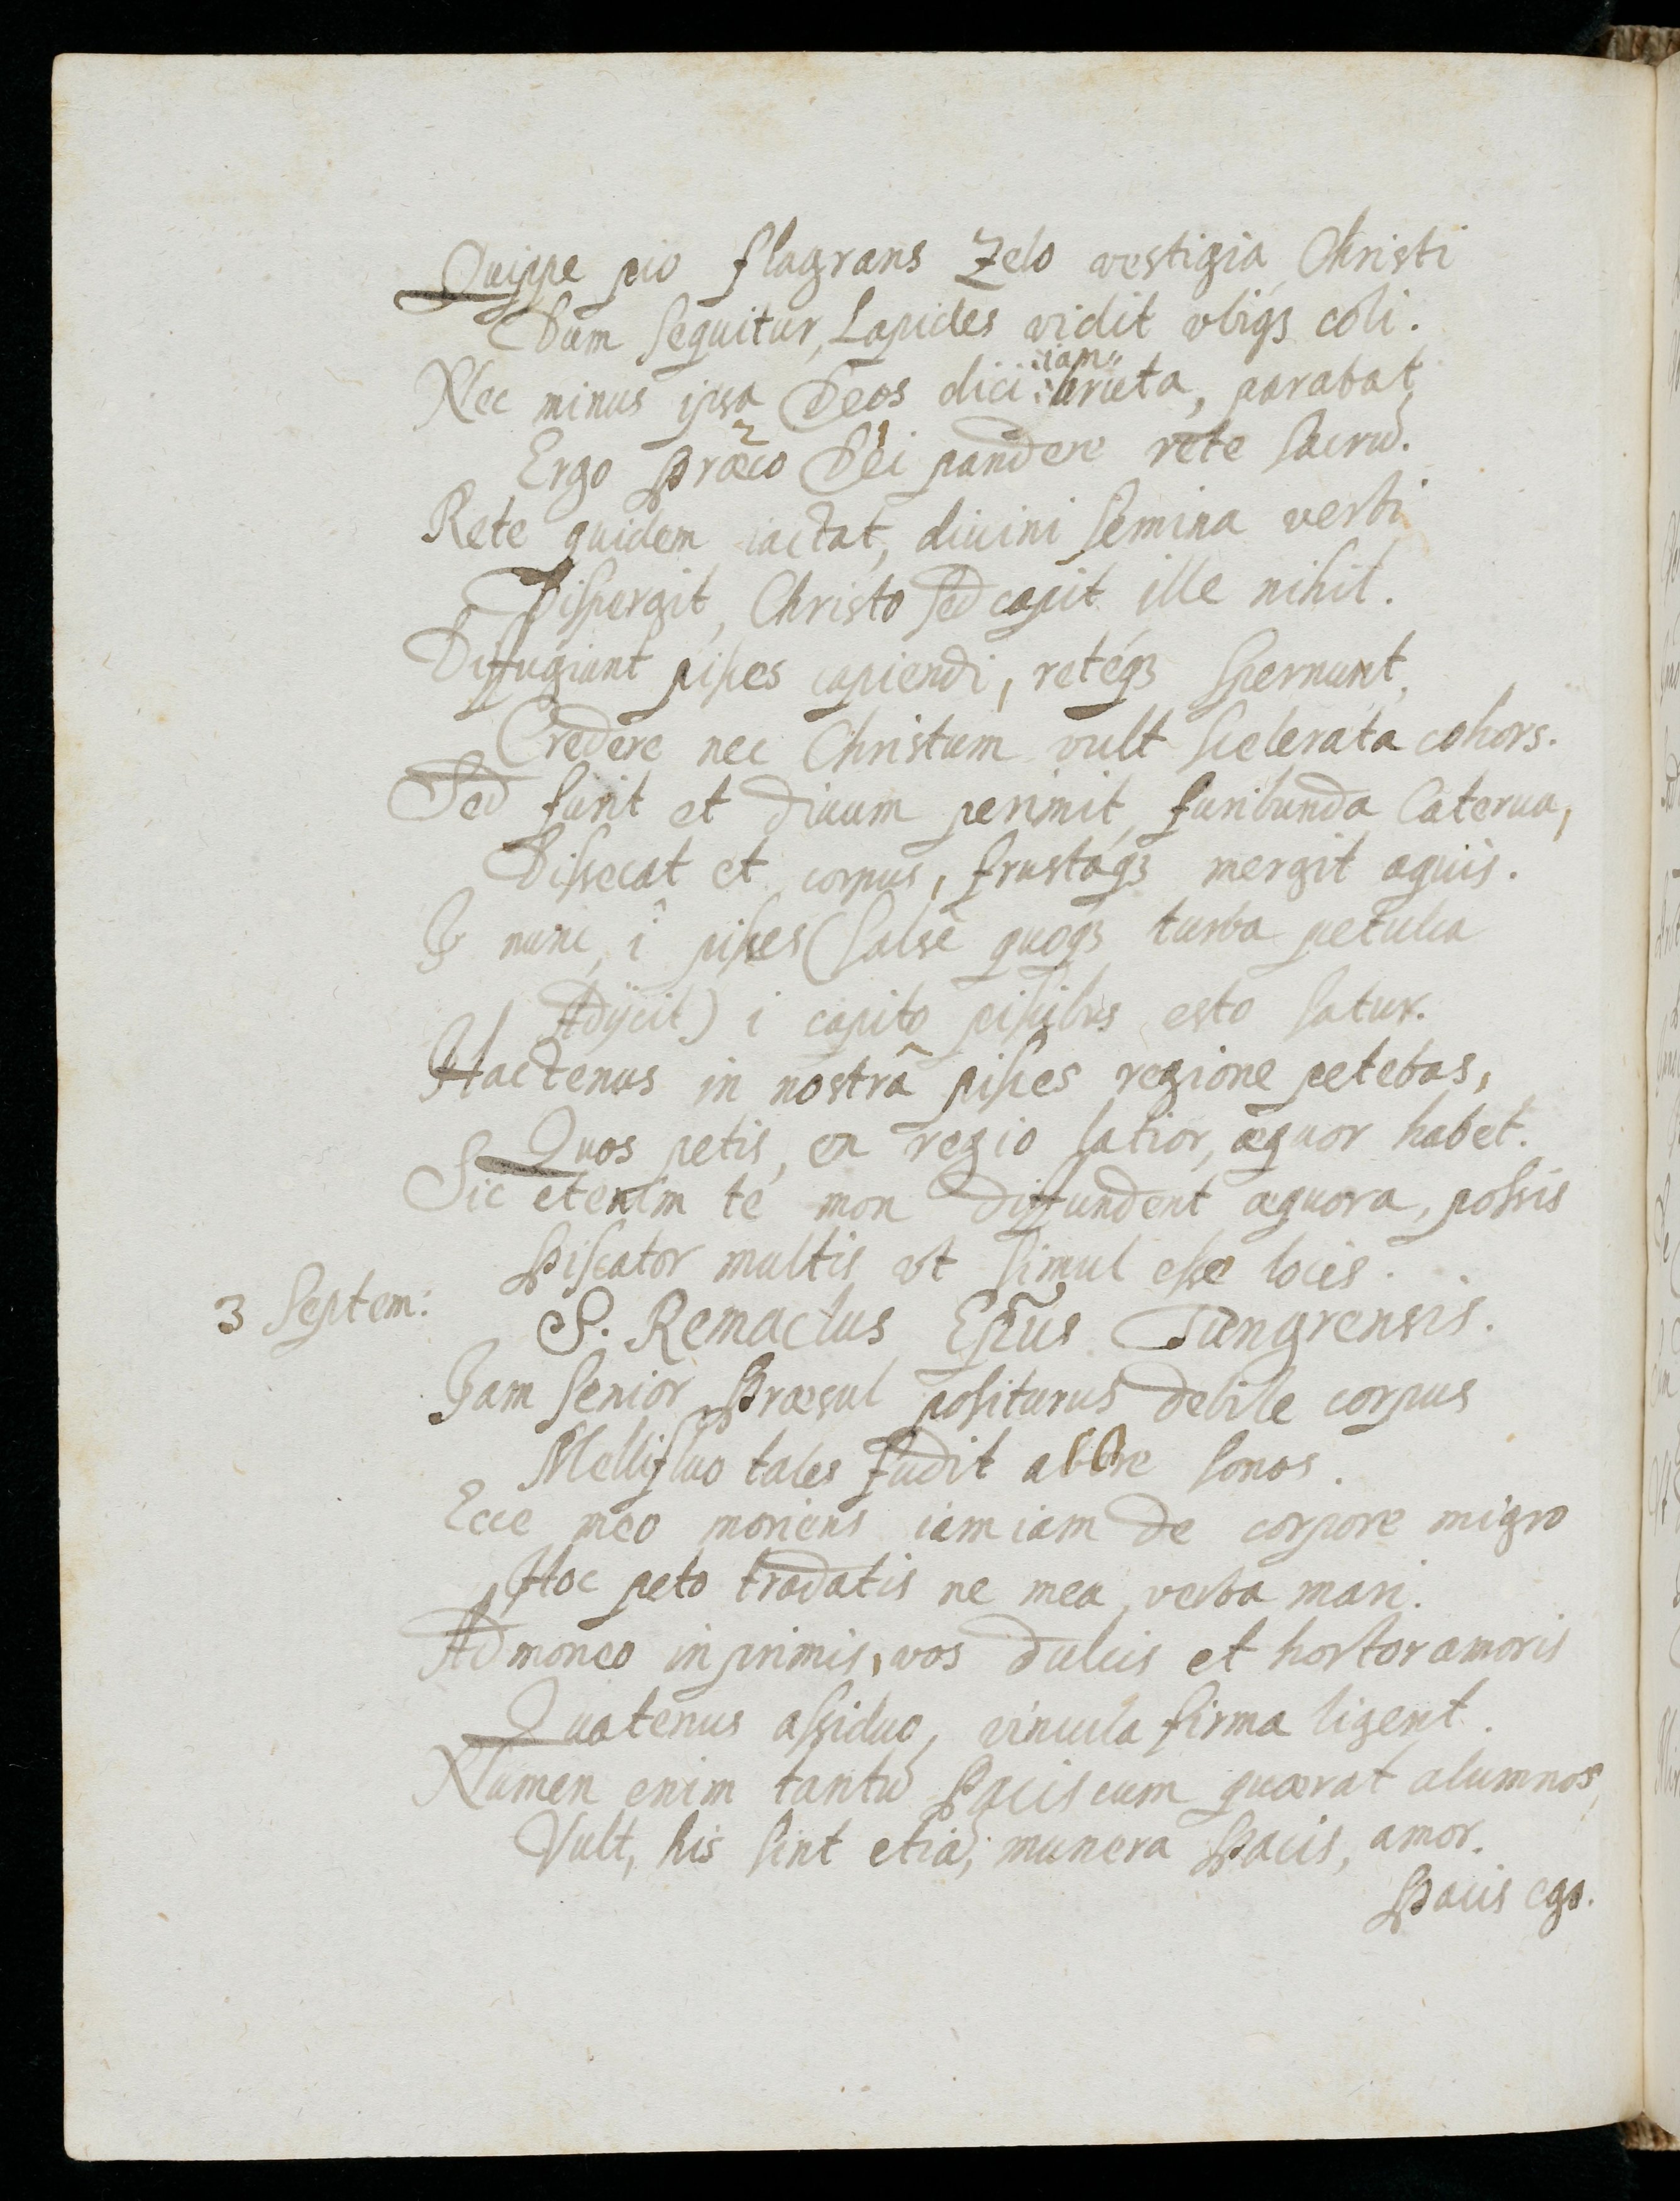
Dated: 1637–1673